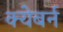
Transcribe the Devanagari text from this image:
क्येबर्न